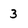
Character: 3